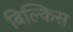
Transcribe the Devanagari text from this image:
बिल्किस